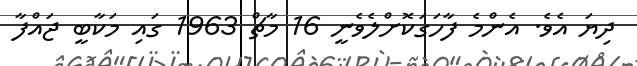
ދިޔަ އެވެ. އެންމެ ފާހަގަކޮށްލެވެނީ 16 މާޗް 1963 ގައި މަކާބީ ޖައްފާ